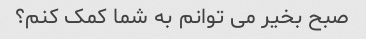
صبح بخیر می توانم به شما کمک کنم؟